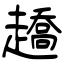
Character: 趫